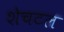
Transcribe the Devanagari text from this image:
शेचटल